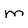
Character: m